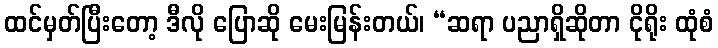
ထင်မှတ်ပြီးတော့ ဒီလို ပြောဆို မေးမြန်းတယ်၊ “ဆရာ ပညာရှိဆိုတာ ငိုရိုး ထုံစံ